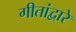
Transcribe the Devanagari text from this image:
गीतांद्वारे